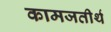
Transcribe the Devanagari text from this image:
कामजतीर्थ